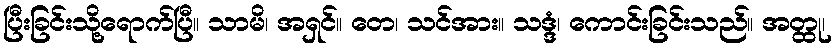
ပြီးခြင်းသို့ရောက်ပြီ။ သာမိ၊ အရှင်။ တေ၊ သင်အား။ သဒ္ဒံ၊ ကောင်းခြင်းသည်။ အတ္ထု၊